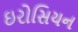
ઇરોસિયન